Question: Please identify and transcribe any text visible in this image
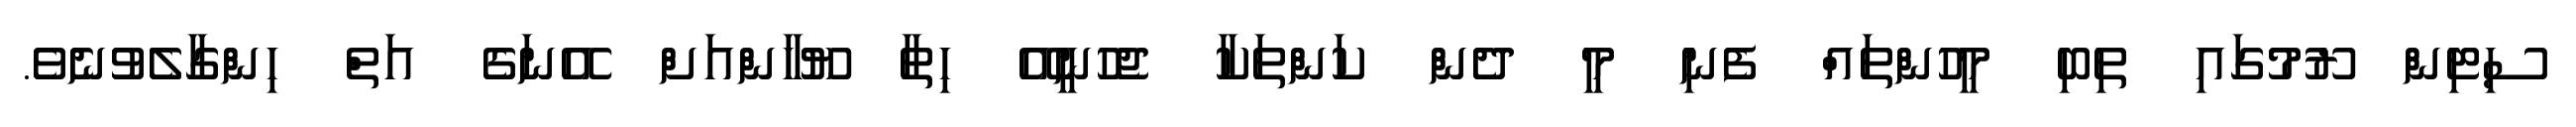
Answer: ސިޓިން ރޫމުގައި ތިބި މީހުންތައް ފެނި މީ ދެން ކަންތަކާ ޖެހުނީއޭ ހިތާ ޔޫހާންއަށް އޭނަގެ އަތް ހިންގާލެވުނެވެ.